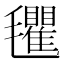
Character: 𣰽